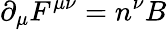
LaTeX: {\partial}_{\mu}F^{{\mu}{\nu}}=n^{\nu}B